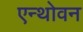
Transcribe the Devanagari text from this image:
एन्थोवन